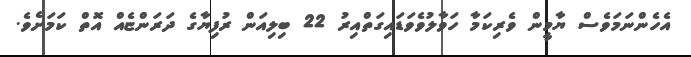
އެހެންނަމަވެސް ޔާމީން ވެރިކަމާ ހަވާލުވެވަޑައިގަތްއިރު 22 ބިލިއަން ރުފިޔާގެ ދަރަންޏެއް އޮތް ކަމަށެވެ.